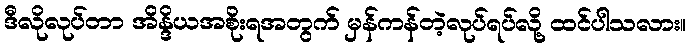
ဒီလိုလုပ်တာ အိန္ဒိယအစိုးရအတွက် မှန်ကန်တဲ့လုပ်ရပ်လို့ ထင်ပါသလား။